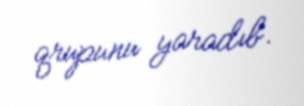
qrupunu yaradıb.